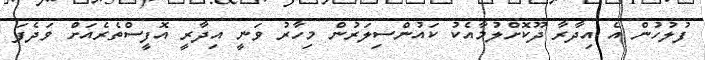
ފުލުހުން އެ އިދާރާ ދޫކޮށްލުމާއެކު ކައުންސިލަރުން މިހާރު ވަނީ އިދާރީ އޮފީސްތެރެއަށް ވަދެފަ